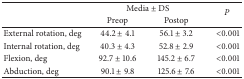
<table><thead><tr><td><b> </b></td><td colspan="2"><b>Media ± DS</b></td><td><b><i>P </i></b></td></tr><tr><td><b> </b></td><td><b>Preop</b></td><td><b>Postop</b></td></tr></thead><tbody><tr><td>External rotation, deg</td><td>44.2 ± 4.1</td><td>56.1 ± 3.2</td><td>&lt;0.001</td></tr><tr><td>Internal rotation, deg</td><td>40.3 ± 4.3</td><td>52.8 ± 2.9</td><td>&lt;0.001</td></tr><tr><td>Flexion, deg</td><td>92.7 ± 10.6</td><td>145.2 ± 6.7</td><td>&lt;0.001</td></tr><tr><td>Abduction, deg</td><td>90.1 ± 9.8</td><td>125.6 ± 7.6</td><td>&lt;0.001</td></tr></tbody></table>